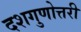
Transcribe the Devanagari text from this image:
दशगुणोत्तरी